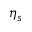
\eta _ { s }